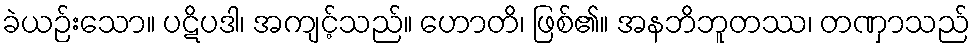
ခဲယဉ်းသော။ ပဋိပဒါ၊ အကျင့်သည်။ ဟောတိ၊ ဖြစ်၏။ အနဘိဘူတဿ၊ တဏှာသည်